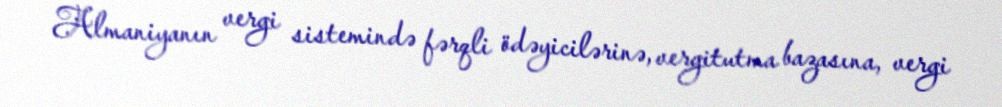
Almaniyanın vergi sistemində fərqli ödəyicilərinə, vergitutma bazasına, vergi